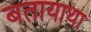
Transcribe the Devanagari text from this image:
बतायाथा